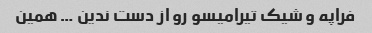
فراپه و شیک تیرامیسو رو از دست ندین … همین